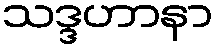
သဒ္ဒဟာနာ